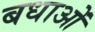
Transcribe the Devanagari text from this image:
बधाओं